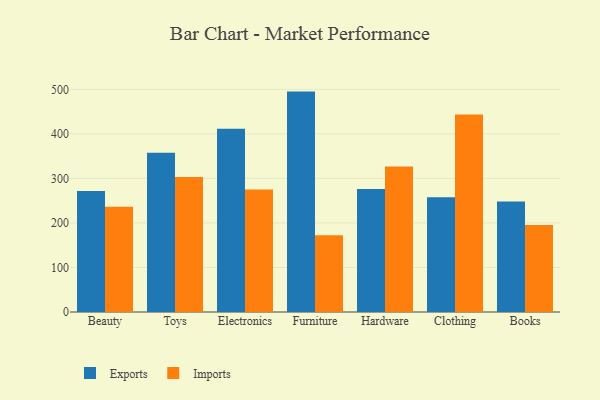
{"axis": {"x": "Category", "y": "Budget (USD K)"}, "legend": ["Exports", "Imports"], "data": [{"x": "Beauty", "y": 271.6, "type": "Exports"}, {"x": "Beauty", "y": 236.3, "type": "Imports"}, {"x": "Toys", "y": 357.4, "type": "Exports"}, {"x": "Toys", "y": 303.4, "type": "Imports"}, {"x": "Electronics", "y": 411.5, "type": "Exports"}, {"x": "Electronics", "y": 275.4, "type": "Imports"}, {"x": "Furniture", "y": 495.0, "type": "Exports"}, {"x": "Furniture", "y": 172.3, "type": "Imports"}, {"x": "Hardware", "y": 276.5, "type": "Exports"}, {"x": "Hardware", "y": 327.0, "type": "Imports"}, {"x": "Clothing", "y": 257.6, "type": "Exports"}, {"x": "Clothing", "y": 443.4, "type": "Imports"}, {"x": "Books", "y": 248.2, "type": "Exports"}, {"x": "Books", "y": 195.5, "type": "Imports"}]}